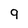
Character: 9